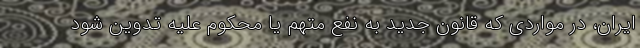
ایران، در مواردی که قانون جدید به نفع متهم یا محکوم علیه تدوین شود